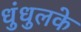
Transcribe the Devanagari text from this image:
धुंधुलके